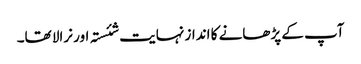
آپ کے پڑھانے کا انداز نہایت شئستہ اور نرالا تھا۔